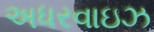
અધરવાઇઝ